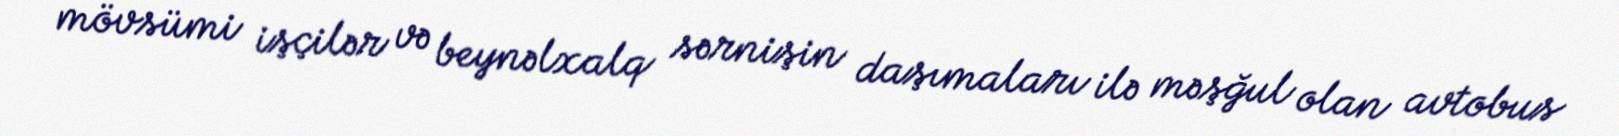
mövsümi işçilər və beynəlxalq sərnişin daşımaları ilə məşğul olan avtobus